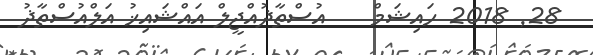
28